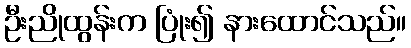
ဦးညိုထွန်းက ပြုံး၍ နားထောင်သည်။